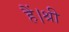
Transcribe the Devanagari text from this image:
हैं।श्री